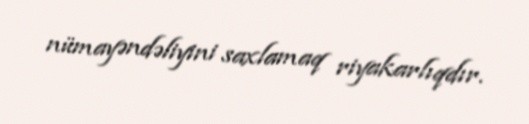
nümayəndəliyini saxlamaq riyakarlıqdır.